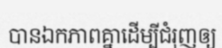
បានឯកភាពគ្នាដើម្បីជំរុញឲ្យ